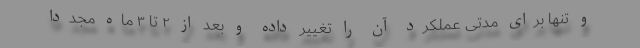
و تنها برای مدتی عملکرد آن را تغییر داده و بعد از ۲ تا ۳ ماه مجددا